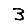
Digit: 3